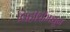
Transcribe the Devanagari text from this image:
विहीरींमधून